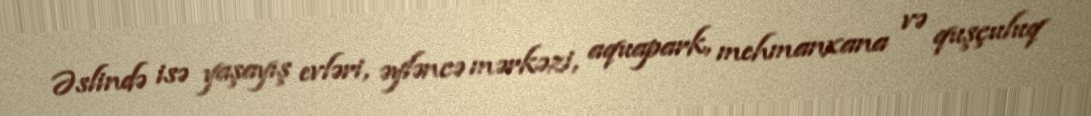
Əslində isə yaşayış evləri, əyləncə mərkəzi, aquapark, mehmanxana və quşçuluq